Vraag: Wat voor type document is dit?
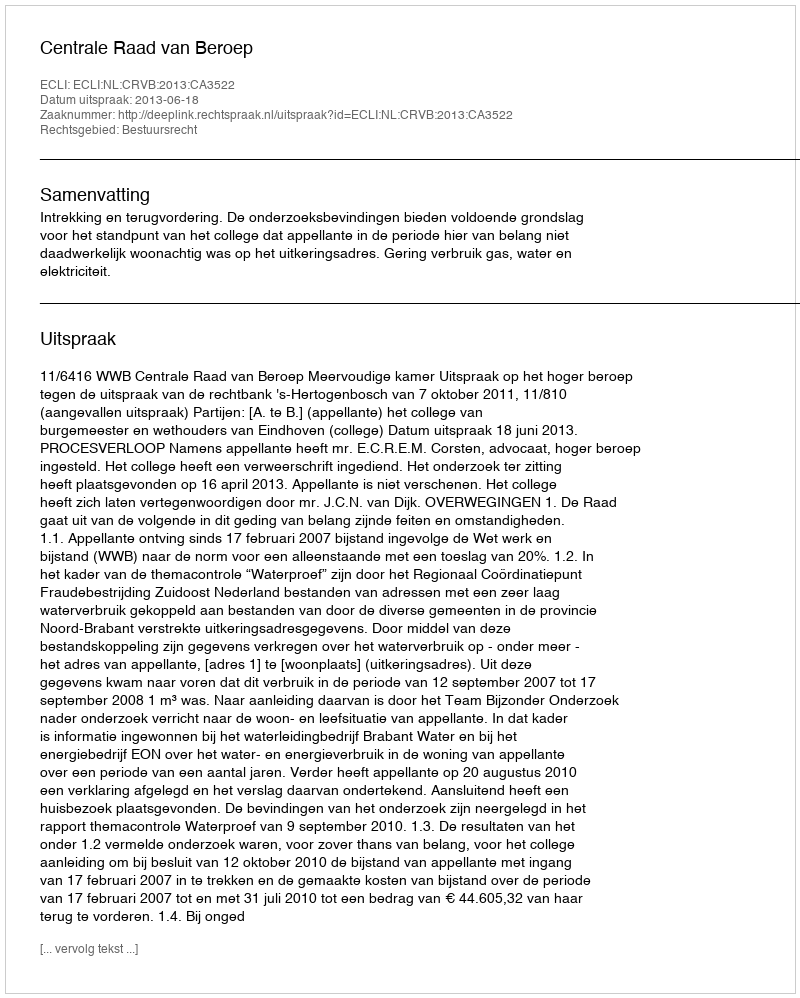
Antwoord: Uitspraak